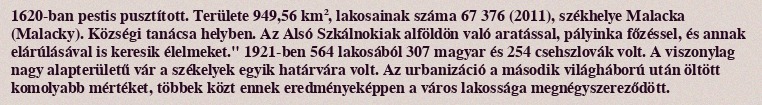
1620-ban pestis pusztított. Területe 949,56 km², lakosainak száma 67 376 (2011), székhelye Malacka (Malacky). Községi tanácsa helyben. Az Alsó Szkálnokiak alföldön való aratással, pályinka főzéssel, és annak elárúlásával is keresik élelmeket." 1921-ben 564 lakosából 307 magyar és 254 csehszlovák volt. A viszonylag nagy alapterületű vár a székelyek egyik határvára volt. Az urbanizáció a második világháború után öltött komolyabb mértéket, többek közt ennek eredményeképpen a város lakossága megnégyszereződött.